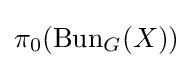
\pi _{0}(\operatorname {Bun} _{G}(X))